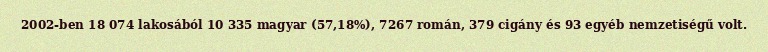
2002-ben 18 074 lakosából 10 335 magyar (57,18%), 7267 román, 379 cigány és 93 egyéb nemzetiségű volt.